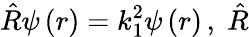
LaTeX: \hat{R}\psi\left(r\right)=k_{1}^{2}\psi\left(r\right)\, ,\; \hat{R}